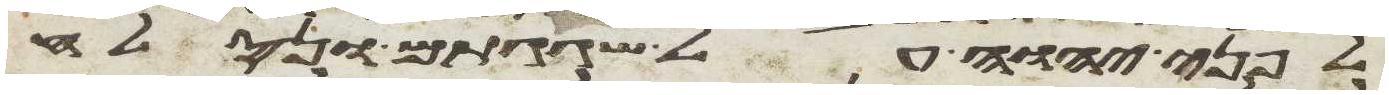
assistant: לפני יהוה על שגגתם ונסלח